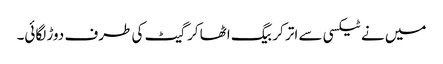
میں نے ٹیکسی سے اتر کر بیگ اٹھا کر گیٹ کی طرف دوڑ لگائی۔